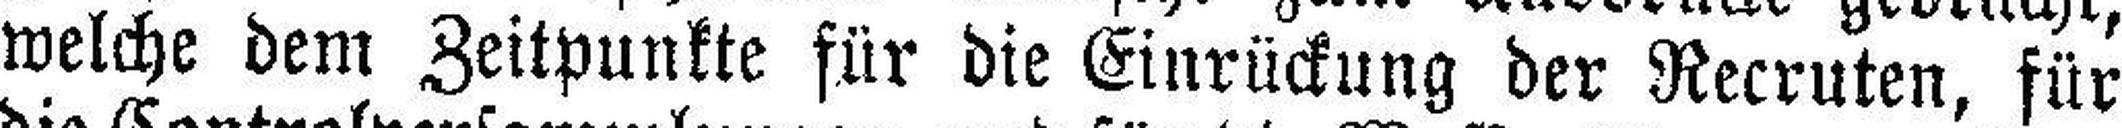
welche dem Zeitpunkte für die Einrückung der Recruten, für